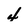
Character: 4